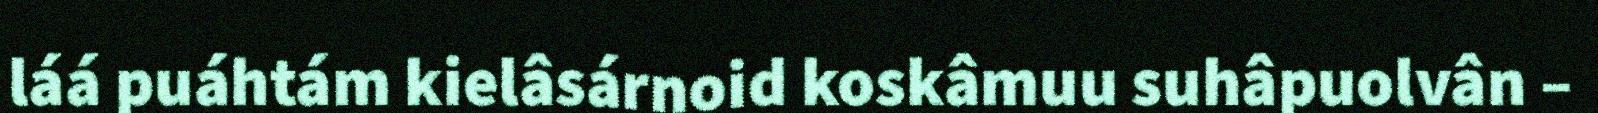
láá puáhtám kielâsárnoid koskâmuu suhâpuolvân –